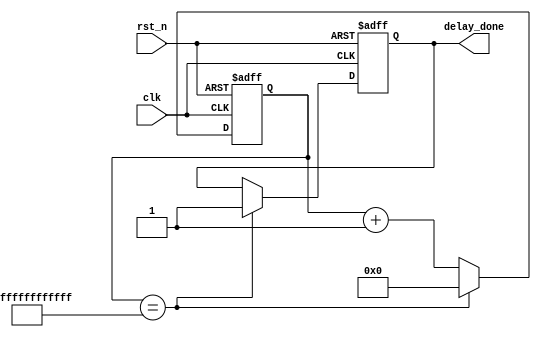
module cnt(
	input clk,
	input rst_n,
	output reg delay_done
);
reg flag = 1;
reg TIME = 27'd100000000;
reg [50:0] count;
always@(posedge clk or negedge rst_n) begin
	if(!rst_n) begin
		count <= 0;
		flag <= 1;
		delay_done <= 0;
	end
	else if(count == TIME - 27'd000000001) begin
		flag <= 0;
		count <= 0;
		delay_done <= 1;
	end
	else begin
		count <= count + 1'b1;
	end
	end
endmodule